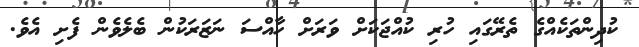
ކުދިންތަކެއްގެ ތެރޭގައި ހުރި ކުއްޖަކަށް ވަރަށް ހާއްސަ ނަޒަރަކުން ބެލެވެން ފެށި އެވެ.